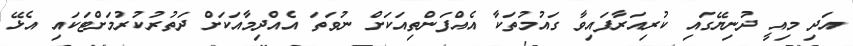
އަދި މިއީ ދުނިޔޭގައި ކުރިއަރާފައިވާ ގައުމުތަކާ އެއްފަންތިއަކަށް ނުވަތަ އެއްދިމާއަކަށް ދަތުރުކުރުމަށްޓަކައި އެޅޭ